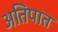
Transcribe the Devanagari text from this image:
अतिपात